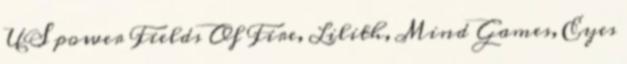
US power Fields Of Fire, Lilith, Mind Games, Eyes